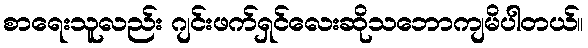
စာရေးသူလည်း ဂျင်းဖက်ရှင်လေးဆိုသဘောကျမိပါတယ်။